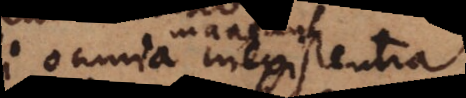
maneant inexistentia